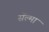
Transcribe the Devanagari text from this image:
सॅल्मा